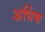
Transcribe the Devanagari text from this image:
अधिंक